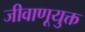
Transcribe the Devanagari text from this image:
जीवाणूयुक्त